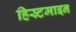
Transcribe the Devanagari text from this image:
हिस्र्टमाइन